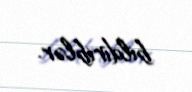
bildiriblər.